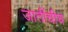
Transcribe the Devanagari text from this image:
जातींचीच